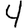
Digit: 4